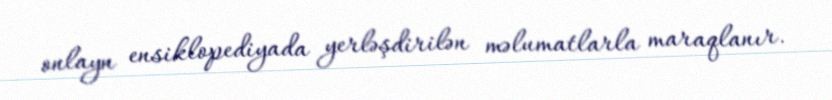
onlayn ensiklopediyada yerləşdirilən məlumatlarla maraqlanır.